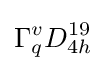
\Gamma _{q}^{v}D_{4h}^{19}